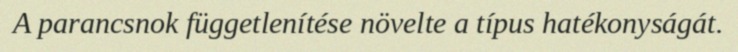
A parancsnok függetlenítése növelte a típus hatékonyságát.